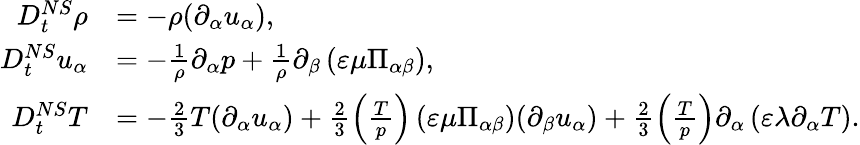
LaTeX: \begin{array}{rl}{D_{t}^{NS}\rho}&{=-\rho(\partial_{\alpha}u_{\alpha}),}\\ {D_{t}^{NS}u_{\alpha}}&{=-\frac{1}{\rho}\partial_{\alpha}p+\frac{1}{\rho}\partial_{\beta}\left(\varepsilon\mu\Pi_{\alpha\beta}\right),}\\ {D_{t}^{NS}T}&{=-\frac{2}{3}T(\partial_{\alpha}u_{\alpha})+\frac{2}{3}\left(\frac{T}{p}\right)\left(\varepsilon\mu\Pi_{\alpha\beta}\right)(\partial_{\beta}u_{\alpha})+\frac{2}{3}\left(\frac{T}{p}\right)\partial_{\alpha}\left(\varepsilon\lambda\partial_{\alpha}T\right).}\end{array}